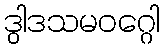
ဒွါဒသမဝဂ္ဂေါ